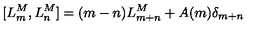
[ L _ { m } ^ { M } , L _ { n } ^ { M } ] = ( m - n ) L _ { m + n } ^ { M } + A ( m ) \delta _ { m + n }